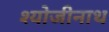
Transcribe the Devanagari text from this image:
श्योजीनाथ